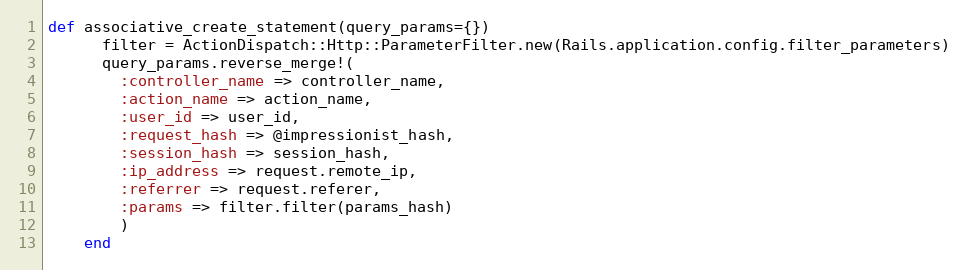
Language: Ruby
def associative_create_statement(query_params={})
      filter = ActionDispatch::Http::ParameterFilter.new(Rails.application.config.filter_parameters)
      query_params.reverse_merge!(
        :controller_name => controller_name,
        :action_name => action_name,
        :user_id => user_id,
        :request_hash => @impressionist_hash,
        :session_hash => session_hash,
        :ip_address => request.remote_ip,
        :referrer => request.referer,
        :params => filter.filter(params_hash)
        )
    end